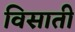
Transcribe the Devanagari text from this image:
विसाती